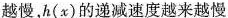
越慢，h(x)的递减速度越来越慢